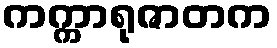
ကက္ကာရုဇာတက